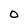
Character: O